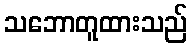
သဘောတူထားသည်